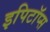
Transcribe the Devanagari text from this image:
इपिटॉप्स